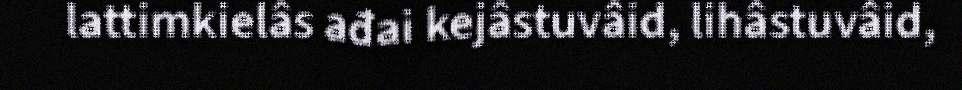
lattimkielâs ađai kejâstuvâid, lihâstuvâid,